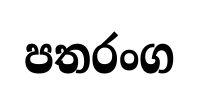
පතරංග